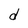
Character: d